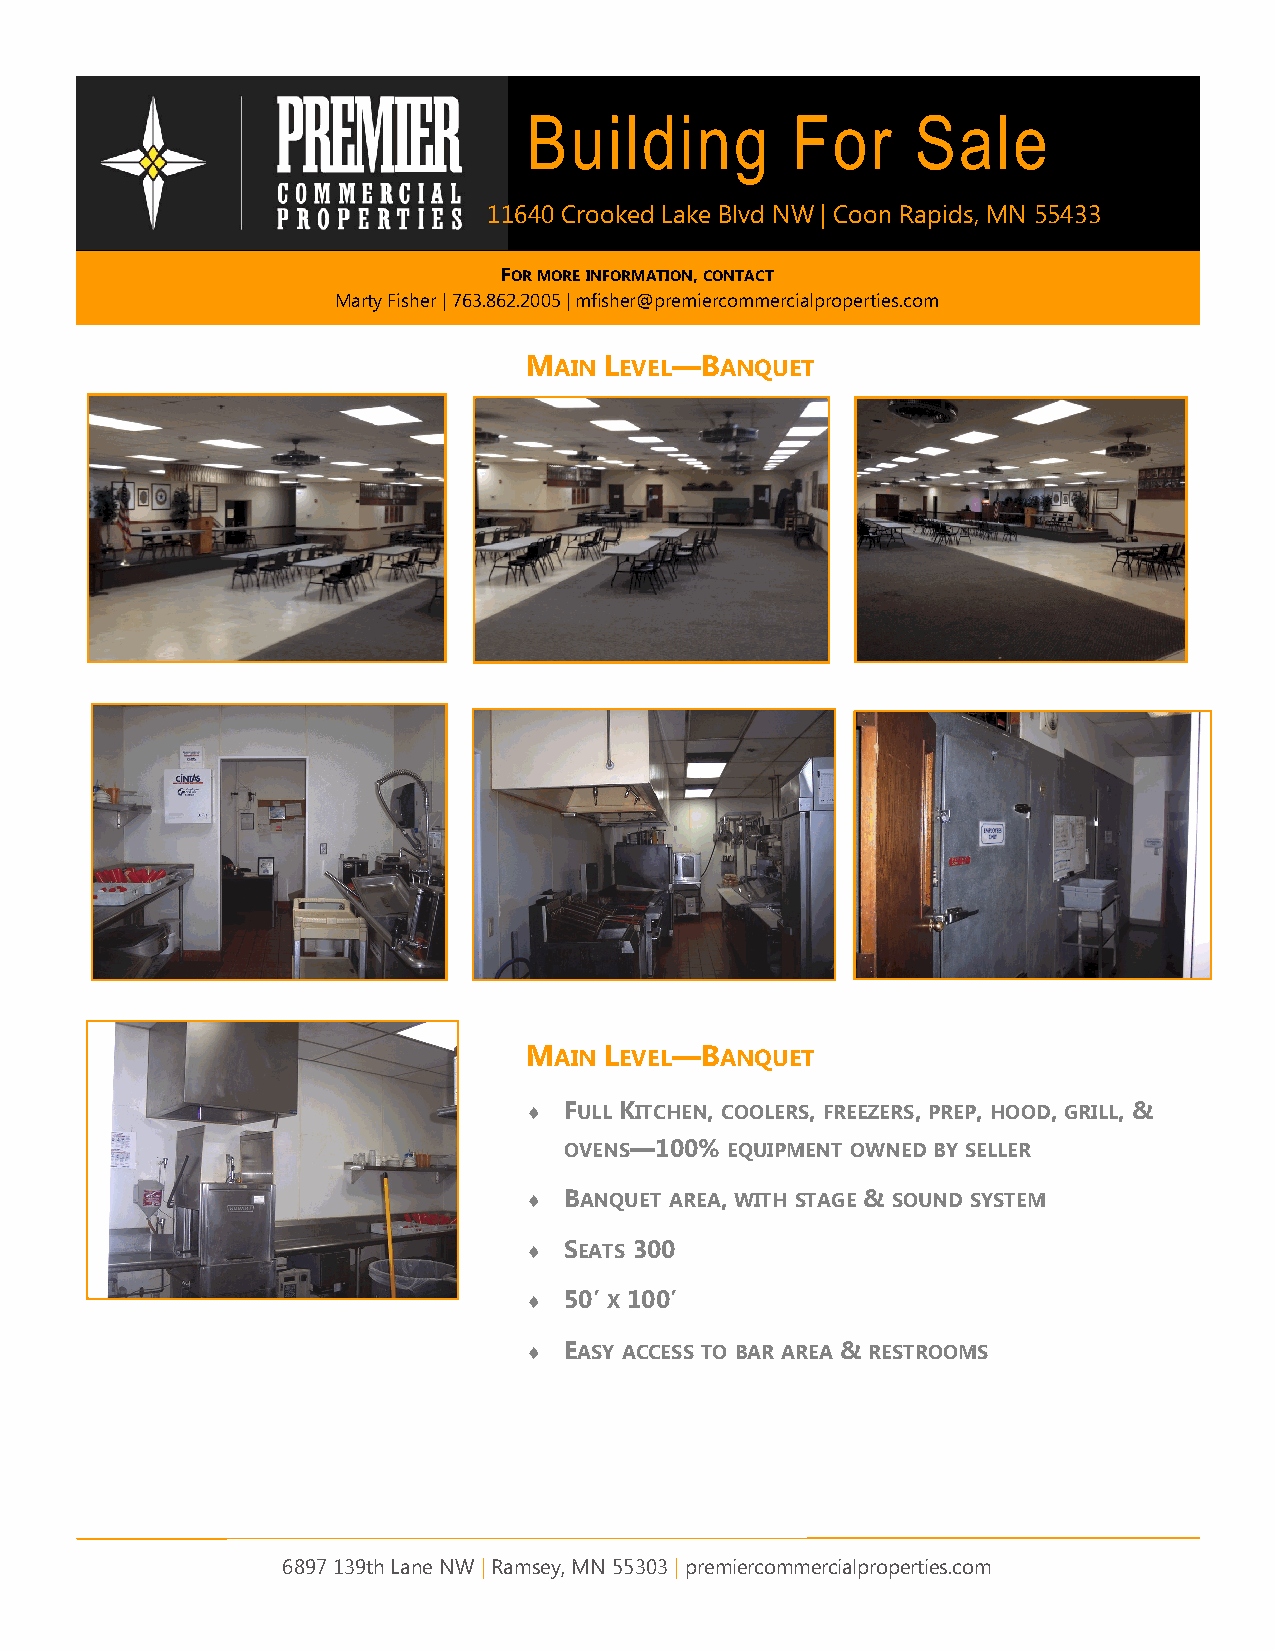
Building         For      Sale
 11640 Crooked Lake Blvd NW | Coon Rapids, MN 55433
 FOR MORE INFORMATION, CONTACT
 Marty Fisher | 763.862.2005 | mfisher@premiercommercialproperties.com
 MAIN LEVEL—BANQUET
 MAIN LEVEL—BANQUET
  FULL KITCHEN, COOLERS, FREEZERS, PREP, HOOD, GRILL, &
 OVENS—100% EQUIPMENT OWNED BY SELLER
  BANQUET AREA, WITH STAGE & SOUND SYSTEM
  SEATS 300
  50’ X 100’
  EASY ACCESS TO BAR AREA & RESTROOMS
 6897 139th Lane NW | Ramsey, MN 55303 | premiercommercialproperties.com